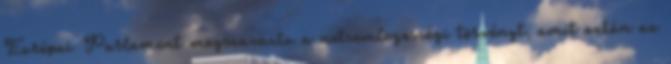
Európai Parlament megszavazta a netsemlegességi törvényt, amit aztán az